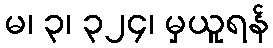
မ၊ ၃၊ ၃၂၄၊ မှယူရန်